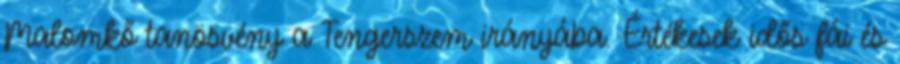
Malomkő tanösvény a Tengerszem irányába. Értékesek idős fái és